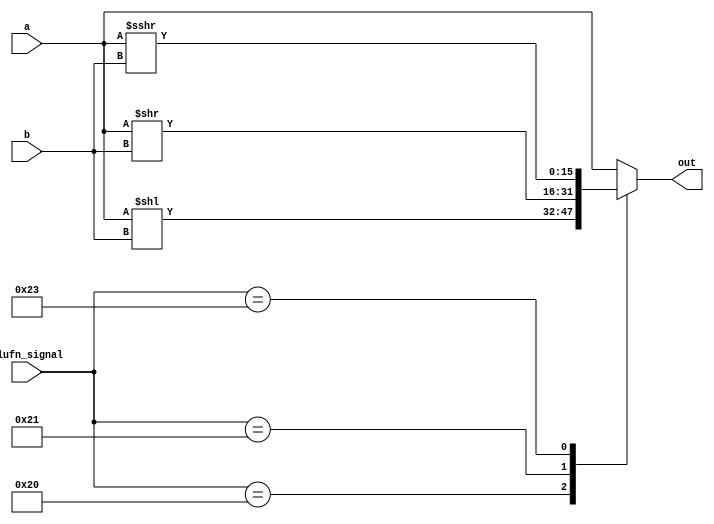
module shifter_20 (
    input [15:0] a,
    input [3:0] b,
    input [5:0] alufn_signal,
    output reg [15:0] out
  );
  
  
  
  always @* begin
    
    case (alufn_signal)
      default: begin
        out = a;
      end
      6'h20: begin
        out = a << b;
      end
      6'h21: begin
        out = a >> b;
      end
      6'h23: begin
        out = $signed(a) >>> b;
      end
    endcase
  end
endmodule